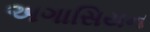
અગાસિયન